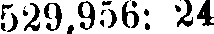
529,956: 24